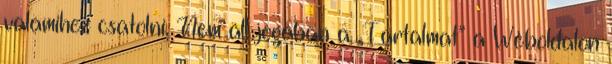
valamihez csatolni. Nem áll jogában a „Tartalmat” a Weboldalon